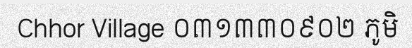
Chhor Village ០៣១៣៣០៩០២ ភូមិ